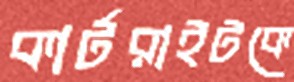
কার্টরাইটকে